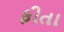
ફીતા